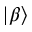
| \beta \rangle